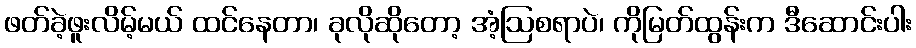
ဖတ်ခဲ့ဖူးလိမ့်မယ် ထင်နေတာ၊ ခုလိုဆိုတော့ အံ့ဩစရာပဲ၊ ကိုမြတ်ထွန်းက ဒီဆောင်းပါး